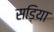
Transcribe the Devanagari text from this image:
सड़िया